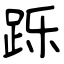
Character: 跞